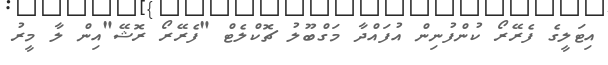
އިޓަލީގެ ފެރޭރޯ ކުންފުނިން އުފައްދާ މަގްބޫލު ޗޮކްލެޓް "ފެރޭރޯ ރޮޝޭ"އިން ލާ މީރު